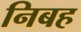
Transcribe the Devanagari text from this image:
निबह